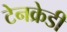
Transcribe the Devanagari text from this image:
टेनक्रेडी